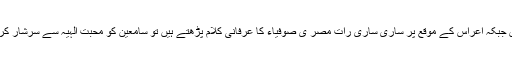
اس حوالے سے مصر میں ایک ’’منشد‘‘ یاسین تہامی بہت مشہور ہیں جوربیع الاول میں نعت خوانی کرتے ہیں جبکہ اعراس کے موقع پر ساری ساری رات مصر ی صوفیاء کا عرفانی کلام پڑھتے ہیں تو سامعین کو محبت الہیٰہ سے سرشار کر کے اپنے خاص لہجے کے سحر میں یوں جکڑ لیتے ہیں کہ سامعین کو رات گذرنے کا احساس ہی نہیں ہوتا۔